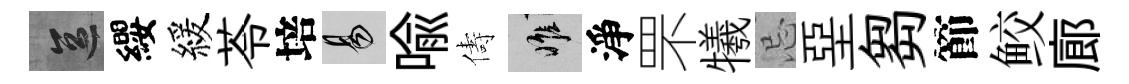
區纓緩苓培易喩儔惟淨罘犧忌堊芻節鲛廊